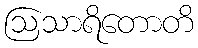
ဩသာရိတောတိ